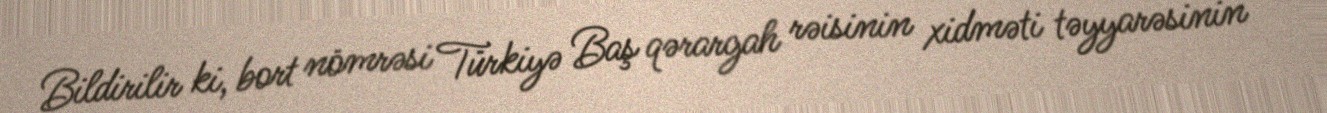
Bildirilir ki, bort nömrəsi Türkiyə Baş qərargah rəisinin xidməti təyyarəsinin